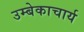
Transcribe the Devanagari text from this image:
उम्बेकाचार्य